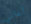
أعاني